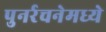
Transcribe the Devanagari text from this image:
पुनर्रचनेमध्ये